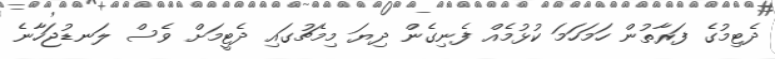
ދެޓިމުގެ ފަރާތުން ހަމަހަމަ ކުޅުމެއް ފެނިގެން ދިޔަ މިމެޗުގައި ދެޓީމަށް ވެސް ލަނޑުޖަހާނެ